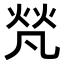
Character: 𤈺